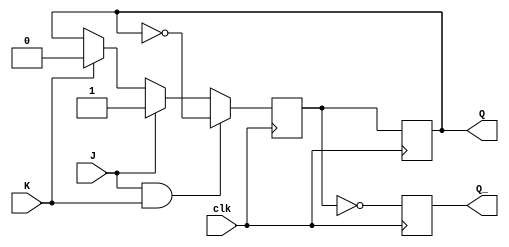
module jk_flipflop (
  input wire J,
  input wire K,
  input wire clk,
  output reg Q, 
  output reg Q_
);

reg Q_next;

always @(posedge clk) begin
  if (J && K) begin
    Q_next <= ~Q;
  end else if (J) begin
    Q_next <= 1'b1;
  end else if (K) begin
    Q_next <= 1'b0;
  end else begin
    Q_next <= Q;
  end
end

always @(posedge clk) begin
  Q <= Q_next;
  Q_ <= ~Q_next;
end

endmodule